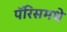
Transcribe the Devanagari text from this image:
पॅरिसमधे